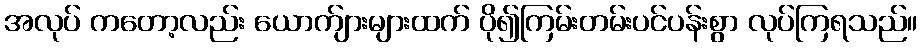
အလုပ် ကတော့လည်း ယောက်ျားများထက် ပို၍ကြမ်းတမ်းပင်ပန်းစွာ လုပ်ကြရသည်။